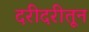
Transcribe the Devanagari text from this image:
दरीदरीतून